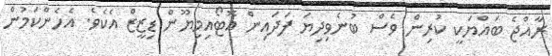
ރާއްޖެ ބައްޔަކީ ކުރިން ވެސް ބުނެވިދިޔަ ފަދައިން އޮޓޯއިމިޔޫން ޑިޒީޒް އެކެވެ. އެހެންކަމުން